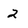
Character: 2